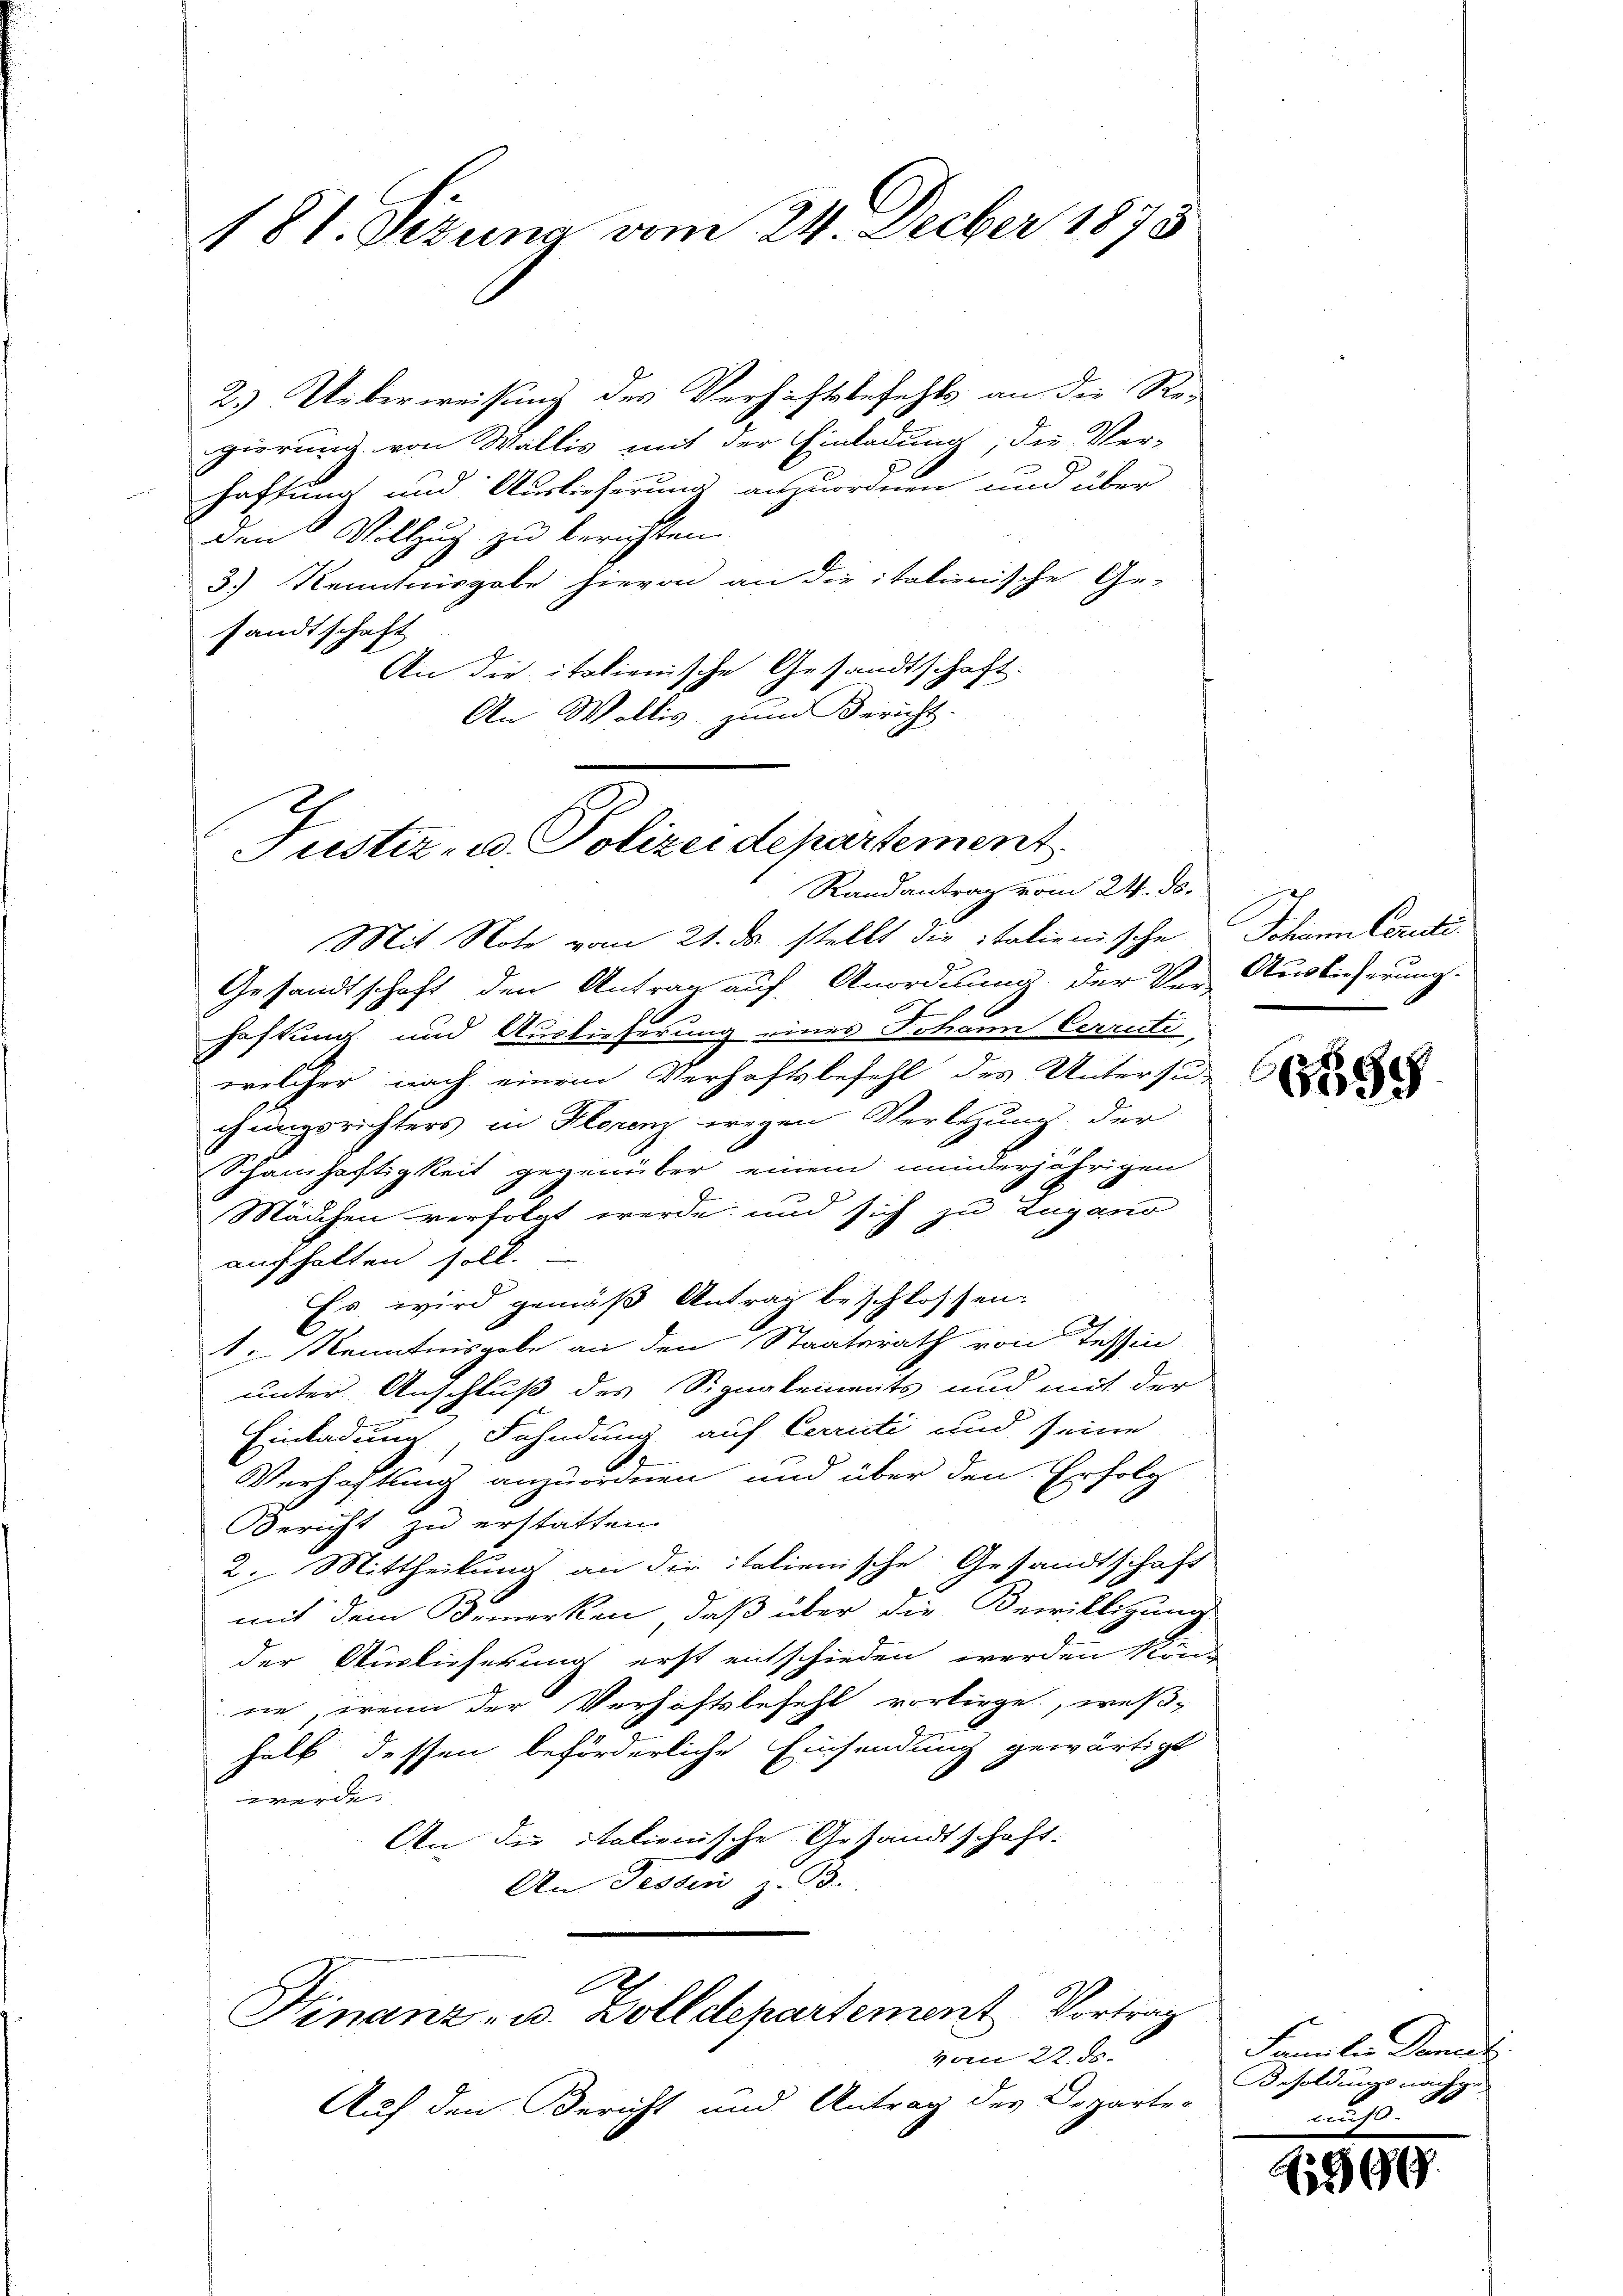
181. Sitzung vom 24. Decber 1873

2.) Ueberweisung des Versichtbefehls an die Re-
gierung von Wallis mit der Einladung, die Ver-
haftung und Auslieferung anzuordnen und über
den Vollzug zu berichten.
3.) Kenntnisgabe hievon an die italienische Ge-
sandtschaft
An die italienische Gesandtschaft.
An Wallis, zum Bericht.

Justiz- u. Polizeidepartement
Randantrag vom 24. ds.

Mit Note vom 21. da stellt die Italienische Johann Certi¬
Gesandtschaft den Antrag auf Anordnung der Ver- Auslieferung.
Haftung und Auslieferung eines Johann Cerriti
welcher nach einem Verhaftsbefehl des Untersu-
chungsrichters in Florenz wegen Verlegung der
Schamhaftigkeit gegenüber einem minderjährigen
Mädchen verfolgt werde und sich zu Lugano
aufhalten soll.
Es wird gemäß Antrag beschlossen:
1. Kenntnisgabe an den Staatsrath von Tessin
unter Anschluß des Signalements und mit der
Einladung, Fahndung auf Cerrüti und seine
Verhaftung anzuordnen und über den Erfolg
Bericht zu erstatten.
2. Mittheilung an die italienische Gesandtschaft
mit dem Bemerken, daß über die Bewilligung
der Auslieferung erst entschieden werden könn
ne, wenn der Verhaftsbefehl vorliege, weßhalb dessen beförderliche Einsendung gewärtigt
werde.
An die italienische Gesandtschaft.
An Tessin z. B.

E
Finanz- u. Zolldepartement Vortrag

vom 22. ds.
Auf den Bericht und Antrag des Departe-

66558

Familie Danech
Besoldungsnachge
leucht.

2539